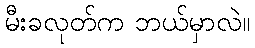
မီးခလုတ်က ဘယ်မှာလဲ။